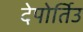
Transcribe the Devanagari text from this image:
देपोर्तिउ